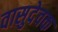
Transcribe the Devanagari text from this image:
वासुदेवक